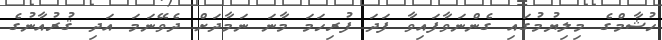
ހުޝާމްގެ މިލިޔުމުގައި ގެންނަވާފައިވާ ފަދަ ފުރިހަމަ މާނަ ނަމާދަށް ދެވޭނަމަ އަދި ޤުރުއާނުގެ